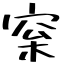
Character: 梥